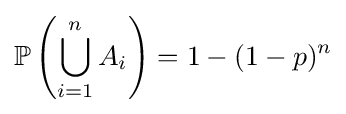
\mathbb {P} \left(\bigcup _{i=1}^{n}A_{i}\right)=1-(1-p)^{n}